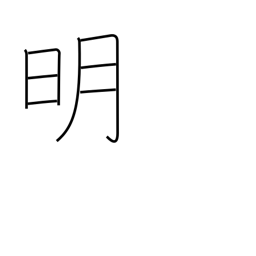
Meaning: light